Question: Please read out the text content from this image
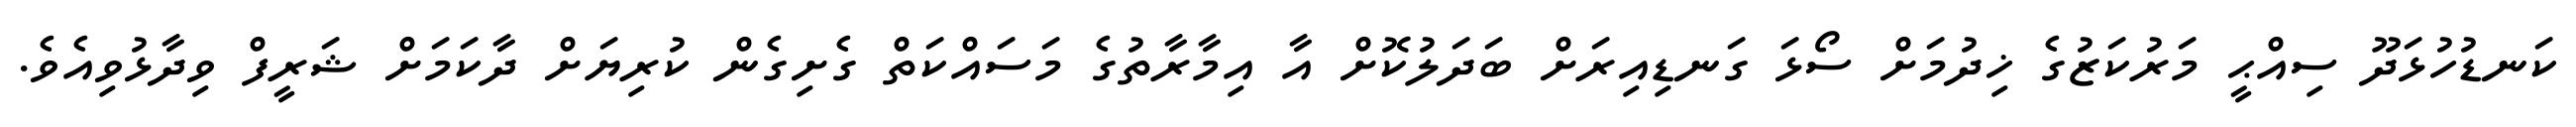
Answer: ކަނޑުހުޅަދޫ ސިއްޙީ މަރުކަޒުގެ ޚިދުމަށް ސޯޅަ ގަނޑިއިރަށް ބަދަލުކޮށް އާ އިމާރާތުގެ މަސައްކަތް ގެށިގެން ކުރިޔަށް ދާކަމަށް ޝަރީފް ވިދާޅުވިއެވެ.